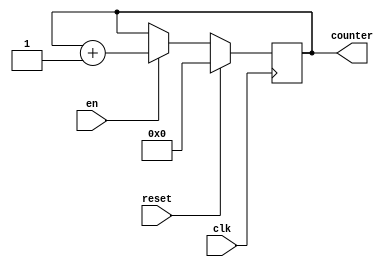
module counterr #(parameter integer size = 18)(clk, reset, en, counter);
reg [size-1:0] counter_up;
output[size-1:0] counter;

input reset, en, clk;
// up counter
always @(posedge clk)
	begin
		if(reset)
			counter_up <= {size{1'b0}};
		else 
			if (en)
		 		counter_up <= counter_up + {{(size-1){1'b0}}, 1'b1};
	end 
assign counter = counter_up;
endmodule